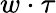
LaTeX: w\cdot\tau